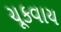
ચૂકવાય